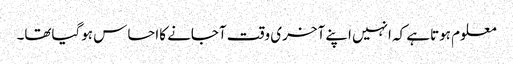
معلوم ہوتاہے کہ انہیں اپنے آخری وقت آجانے کااحساس ہوگیاتھا۔